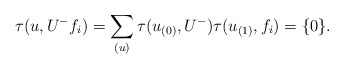
\begin{align*}\tau(u,U^-f_i)=\sum_{(u)}\tau(u_{(0)},U^-)\tau(u_{(1)},f_i)=\{0\}.\end{align*}